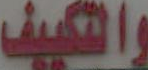
والتكييف